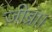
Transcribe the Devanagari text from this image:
ज़ीब्रा।